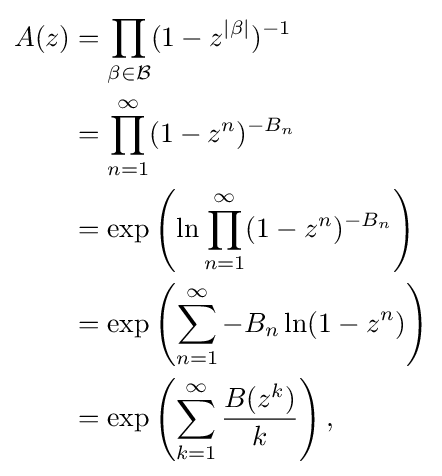
{\begin{aligned}A(z)&{}=\prod _{\beta \in {\mathcal {B}}}(1-z^{|\beta |})^{-1}\\&{}=\prod _{n=1}^{\infty }(1-z^{n})^{-B_{n}}\\&{}=\exp \left(\ln \prod _{n=1}^{\infty }(1-z^{n})^{-B_{n}}\right)\\&{}=\exp \left(\sum _{n=1}^{\infty }-B_{n}\ln(1-z^{n})\right)\\&{}=\exp \left(\sum _{k=1}^{\infty }{\frac {B(z^{k})}{k}}\right),\end{aligned}}